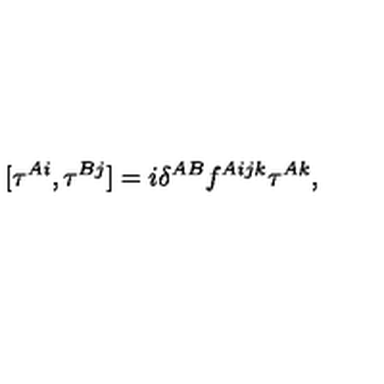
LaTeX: [ \tau ^ { A i } , \tau ^ { B j } ] = i \delta ^ { A B } f ^ { A i j k } \tau ^ { A k } ,